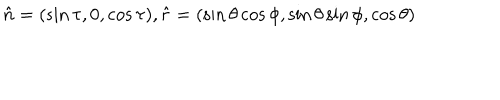
\hat { n } = ( \sin \tau , 0 , \cos \tau ) , \hat { r } = ( \sin \theta \cos \phi , \sin \theta \sin \phi , \cos \theta )